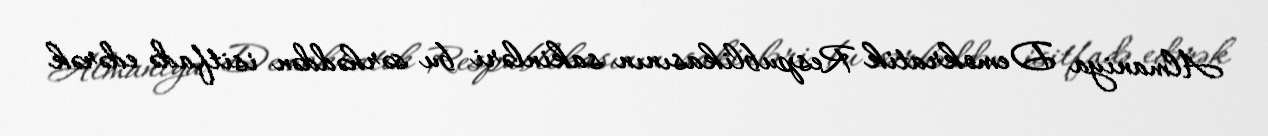
Almaniya Demokratik Respublikasının sakinləri bu sərhəddən isitfadə edərək